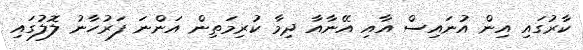
ކާރުގައި އިން އުނައިސް އާއި އޭނާއާ ދިމާ ކުރިމަތިން އަންނަ ފަރުހާނު ލޮލުގައި